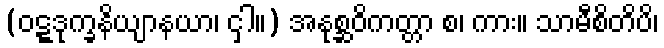
(ဝဋ္ဋဒုက္ခနိယျာနယာ၊ ငှါ။) အနုစ္ဆဝိကတ္တာ စ၊ ကား။ သာမီစိတိပိ၊